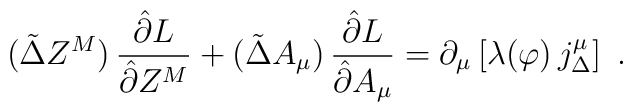
(\tilde\Delta Z^M)\,\frac{\hat\partial L}{\hat\partial Z^M}+(\tilde\Delta A_\mu)\,\frac{\hat\partial L}{\hat\partial A_\mu}=\partial_\mu \left[\lambda(\varphi)\, j^\mu_\Delta\right]\ .